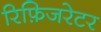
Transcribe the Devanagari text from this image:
रिफ़िजरेटर